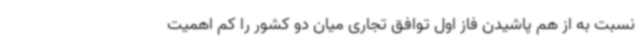
نسبت به از هم پاشیدن فاز اول توافق تجاری میان دو کشور را کم اهمیت